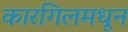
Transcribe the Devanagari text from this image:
कारगिलमधून